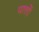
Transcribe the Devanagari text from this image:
पात्तों